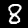
Digit: 8